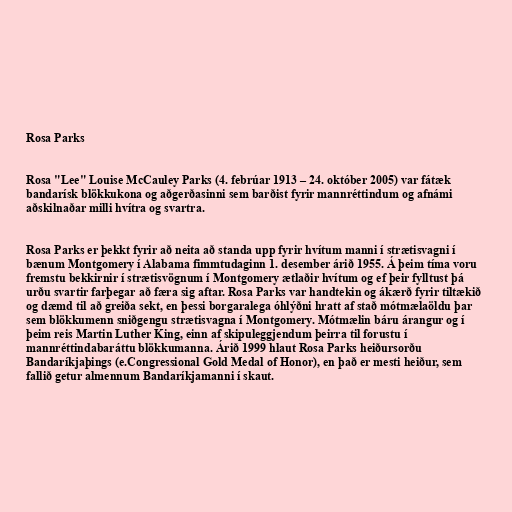
Rosa Parks

Rosa "Lee" Louise McCauley Parks (4. febrúar 1913 – 24. október 2005) var fátæk
bandarísk blökkukona og aðgerðasinni sem barðist fyrir mannréttindum og afnámi
aðskilnaðar milli hvítra og svartra.

Rosa Parks er þekkt fyrir að neita að standa upp fyrir hvítum manni í strætisvagni í
bænum Montgomery í Alabama fimmtudaginn 1. desember árið 1955. Á þeim tíma voru
fremstu bekkirnir í strætisvögnum í Montgomery ætlaðir hvítum og ef þeir fylltust þá
urðu svartir farþegar að færa sig aftar. Rosa Parks var handtekin og ákærð fyrir tiltækið
og dæmd til að greiða sekt, en þessi borgaralega óhlýðni hratt af stað mótmælaöldu þar
sem blökkumenn sniðgengu strætisvagna í Montgomery. Mótmælin báru árangur og í
þeim reis Martin Luther King, einn af skipuleggjendum þeirra til forustu í
mannréttindabaráttu blökkumanna. Árið 1999 hlaut Rosa Parks heiðursorðu
Bandaríkjaþings (e.Congressional Gold Medal of Honor), en það er mesti heiður, sem
fallið getur almennum Bandaríkjamanni í skaut.